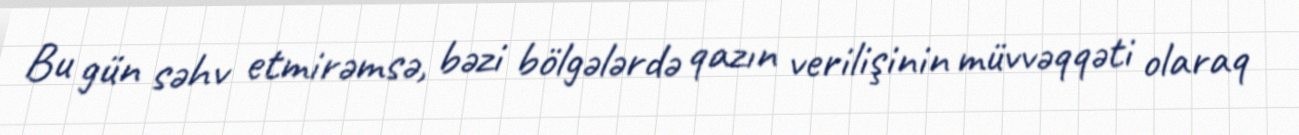
Bu gün səhv etmirəmsə, bəzi bölgələrdə qazın verilişinin müvvəqqəti olaraq